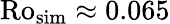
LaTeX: \mathrm{Ro_{sim}}\approx 0.065